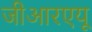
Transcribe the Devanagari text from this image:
जीआरएयू